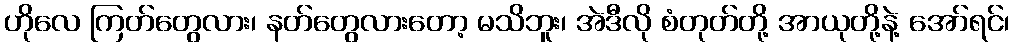
ဟိုလေ ကြတ်တွေလား၊ နတ်တွေလားတော့ မသိဘူး၊ အဲဒီလို စံတုတ်တို့ အာယုတို့နဲ့ အော်ရင်၊